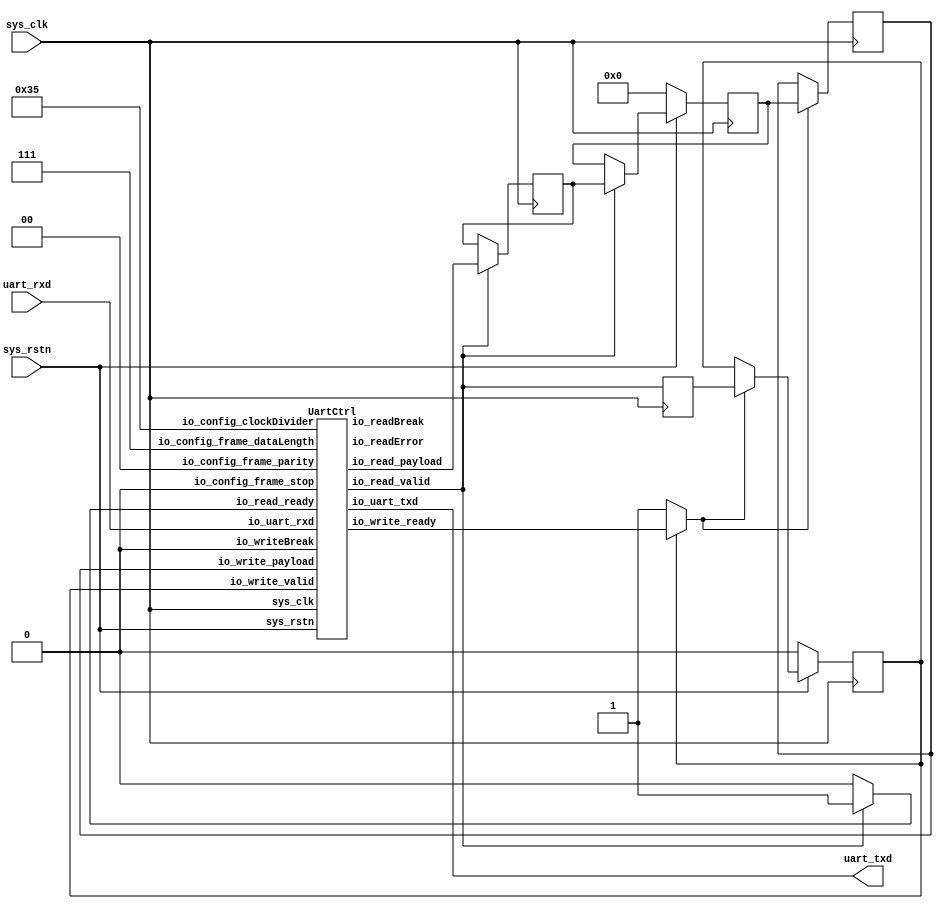
// Generator : SpinalHDL v1.6.0    git head : 73c8d8e2b86b45646e9d0b2e729291f2b65e6be3
// Component : UartLoopback
// Git hash  : 0365b907e5f11b46525ff5a4be72f653da25635f


`define UartParityType_binary_sequential_type [1:0]
`define UartParityType_binary_sequential_NONE 2'b00
`define UartParityType_binary_sequential_EVEN 2'b01
`define UartParityType_binary_sequential_ODD 2'b10

`define UartStopType_binary_sequential_type [0:0]
`define UartStopType_binary_sequential_ONE 1'b0
`define UartStopType_binary_sequential_TWO 1'b1

`define UartCtrlTxState_binary_sequential_type [2:0]
`define UartCtrlTxState_binary_sequential_IDLE 3'b000
`define UartCtrlTxState_binary_sequential_START 3'b001
`define UartCtrlTxState_binary_sequential_DATA 3'b010
`define UartCtrlTxState_binary_sequential_PARITY 3'b011
`define UartCtrlTxState_binary_sequential_STOP 3'b100

`define UartCtrlRxState_binary_sequential_type [2:0]
`define UartCtrlRxState_binary_sequential_IDLE 3'b000
`define UartCtrlRxState_binary_sequential_START 3'b001
`define UartCtrlRxState_binary_sequential_DATA 3'b010
`define UartCtrlRxState_binary_sequential_PARITY 3'b011
`define UartCtrlRxState_binary_sequential_STOP 3'b100


module UartLoopback (
  input               sys_clk,
  input               sys_rstn,
  output              uart_txd,
  input               uart_rxd
);
  reg                 clockingarea_uartCtrl_io_read_ready;
  wire                clockingarea_uartCtrl_io_write_ready;
  wire                clockingarea_uartCtrl_io_read_valid;
  wire       [7:0]    clockingarea_uartCtrl_io_read_payload;
  wire                clockingarea_uartCtrl_io_uart_txd;
  wire                clockingarea_uartCtrl_io_readError;
  wire                clockingarea_uartCtrl_io_readBreak;
  reg        [7:0]    clockingarea_rxData;
  reg        [7:0]    _zz_clockingarea_rxData;
  wire                clockingarea_write_valid;
  reg                 clockingarea_write_ready;
  wire       [7:0]    clockingarea_write_payload;
  reg                 clockingarea_uartCtrl_io_read_valid_regNext;
  wire                clockingarea_write_m2sPipe_valid;
  wire                clockingarea_write_m2sPipe_ready;
  wire       [7:0]    clockingarea_write_m2sPipe_payload;
  reg                 clockingarea_write_rValid;
  reg        [7:0]    clockingarea_write_rData;
  wire                when_Stream_l342;

  UartCtrl clockingarea_uartCtrl (
    .io_config_frame_dataLength    (3'b111                                  ), //i
    .io_config_frame_stop          (`UartStopType_binary_sequential_ONE     ), //i
    .io_config_frame_parity        (`UartParityType_binary_sequential_NONE  ), //i
    .io_config_clockDivider        (20'h00035                               ), //i
    .io_write_valid                (clockingarea_write_m2sPipe_valid        ), //i
    .io_write_ready                (clockingarea_uartCtrl_io_write_ready    ), //o
    .io_write_payload              (clockingarea_write_m2sPipe_payload      ), //i
    .io_read_valid                 (clockingarea_uartCtrl_io_read_valid     ), //o
    .io_read_ready                 (clockingarea_uartCtrl_io_read_ready     ), //i
    .io_read_payload               (clockingarea_uartCtrl_io_read_payload   ), //o
    .io_uart_txd                   (clockingarea_uartCtrl_io_uart_txd       ), //o
    .io_uart_rxd                   (uart_rxd                                ), //i
    .io_readError                  (clockingarea_uartCtrl_io_readError      ), //o
    .io_writeBreak                 (1'b0                                    ), //i
    .io_readBreak                  (clockingarea_uartCtrl_io_readBreak      ), //o
    .sys_clk                       (sys_clk                                 ), //i
    .sys_rstn                      (sys_rstn                                )  //i
  );
  assign uart_txd = clockingarea_uartCtrl_io_uart_txd;
  always @(*) begin
    clockingarea_uartCtrl_io_read_ready = clockingarea_uartCtrl_io_read_valid;
    if(clockingarea_uartCtrl_io_read_valid) begin
      clockingarea_uartCtrl_io_read_ready = 1'b1;
    end
  end

  assign clockingarea_write_valid = clockingarea_uartCtrl_io_read_valid_regNext;
  assign clockingarea_write_payload = clockingarea_rxData;
  always @(*) begin
    clockingarea_write_ready = clockingarea_write_m2sPipe_ready;
    if(when_Stream_l342) begin
      clockingarea_write_ready = 1'b1;
    end
  end

  assign when_Stream_l342 = (! clockingarea_write_m2sPipe_valid);
  assign clockingarea_write_m2sPipe_valid = clockingarea_write_rValid;
  assign clockingarea_write_m2sPipe_payload = clockingarea_write_rData;
  assign clockingarea_write_m2sPipe_ready = clockingarea_uartCtrl_io_write_ready;
  always @(posedge sys_clk) begin
    if(!sys_rstn) begin
      clockingarea_rxData <= 8'h0;
      clockingarea_write_rValid <= 1'b0;
    end else begin
      if(clockingarea_uartCtrl_io_read_valid) begin
        clockingarea_rxData <= _zz_clockingarea_rxData;
      end
      if(clockingarea_write_ready) begin
        clockingarea_write_rValid <= clockingarea_write_valid;
      end
    end
  end

  always @(posedge sys_clk) begin
    if(clockingarea_uartCtrl_io_read_valid) begin
      _zz_clockingarea_rxData <= clockingarea_uartCtrl_io_read_payload;
    end
  end

  always @(posedge sys_clk) begin
    clockingarea_uartCtrl_io_read_valid_regNext <= clockingarea_uartCtrl_io_read_valid;
    if(clockingarea_write_ready) begin
      clockingarea_write_rData <= clockingarea_write_payload;
    end
  end


endmodule

module UartCtrl (
  input      [2:0]    io_config_frame_dataLength,
  input      `UartStopType_binary_sequential_type io_config_frame_stop,
  input      `UartParityType_binary_sequential_type io_config_frame_parity,
  input      [19:0]   io_config_clockDivider,
  input               io_write_valid,
  output reg          io_write_ready,
  input      [7:0]    io_write_payload,
  output              io_read_valid,
  input               io_read_ready,
  output     [7:0]    io_read_payload,
  output              io_uart_txd,
  input               io_uart_rxd,
  output              io_readError,
  input               io_writeBreak,
  output              io_readBreak,
  input               sys_clk,
  input               sys_rstn
);
  wire                tx_io_write_ready;
  wire                tx_io_txd;
  wire                rx_io_read_valid;
  wire       [7:0]    rx_io_read_payload;
  wire                rx_io_rts;
  wire                rx_io_error;
  wire                rx_io_break;
  reg        [19:0]   clockDivider_counter;
  wire                clockDivider_tick;
  reg                 io_write_thrown_valid;
  wire                io_write_thrown_ready;
  wire       [7:0]    io_write_thrown_payload;
  `ifndef SYNTHESIS
  reg [23:0] io_config_frame_stop_string;
  reg [31:0] io_config_frame_parity_string;
  `endif


  UartCtrlTx tx (
    .io_configFrame_dataLength    (io_config_frame_dataLength  ), //i
    .io_configFrame_stop          (io_config_frame_stop        ), //i
    .io_configFrame_parity        (io_config_frame_parity      ), //i
    .io_samplingTick              (clockDivider_tick           ), //i
    .io_write_valid               (io_write_thrown_valid       ), //i
    .io_write_ready               (tx_io_write_ready           ), //o
    .io_write_payload             (io_write_thrown_payload     ), //i
    .io_cts                       (1'b0                        ), //i
    .io_txd                       (tx_io_txd                   ), //o
    .io_break                     (io_writeBreak               ), //i
    .sys_clk                      (sys_clk                     ), //i
    .sys_rstn                     (sys_rstn                    )  //i
  );
  UartCtrlRx rx (
    .io_configFrame_dataLength    (io_config_frame_dataLength  ), //i
    .io_configFrame_stop          (io_config_frame_stop        ), //i
    .io_configFrame_parity        (io_config_frame_parity      ), //i
    .io_samplingTick              (clockDivider_tick           ), //i
    .io_read_valid                (rx_io_read_valid            ), //o
    .io_read_ready                (io_read_ready               ), //i
    .io_read_payload              (rx_io_read_payload          ), //o
    .io_rxd                       (io_uart_rxd                 ), //i
    .io_rts                       (rx_io_rts                   ), //o
    .io_error                     (rx_io_error                 ), //o
    .io_break                     (rx_io_break                 ), //o
    .sys_clk                      (sys_clk                     ), //i
    .sys_rstn                     (sys_rstn                    )  //i
  );
  `ifndef SYNTHESIS
  always @(*) begin
    case(io_config_frame_stop)
      `UartStopType_binary_sequential_ONE : io_config_frame_stop_string = "ONE";
      `UartStopType_binary_sequential_TWO : io_config_frame_stop_string = "TWO";
      default : io_config_frame_stop_string = "???";
    endcase
  end
  always @(*) begin
    case(io_config_frame_parity)
      `UartParityType_binary_sequential_NONE : io_config_frame_parity_string = "NONE";
      `UartParityType_binary_sequential_EVEN : io_config_frame_parity_string = "EVEN";
      `UartParityType_binary_sequential_ODD : io_config_frame_parity_string = "ODD ";
      default : io_config_frame_parity_string = "????";
    endcase
  end
  `endif

  assign clockDivider_tick = (clockDivider_counter == 20'h0);
  always @(*) begin
    io_write_thrown_valid = io_write_valid;
    if(rx_io_break) begin
      io_write_thrown_valid = 1'b0;
    end
  end

  always @(*) begin
    io_write_ready = io_write_thrown_ready;
    if(rx_io_break) begin
      io_write_ready = 1'b1;
    end
  end

  assign io_write_thrown_payload = io_write_payload;
  assign io_write_thrown_ready = tx_io_write_ready;
  assign io_read_valid = rx_io_read_valid;
  assign io_read_payload = rx_io_read_payload;
  assign io_uart_txd = tx_io_txd;
  assign io_readError = rx_io_error;
  assign io_readBreak = rx_io_break;
  always @(posedge sys_clk) begin
    if(!sys_rstn) begin
      clockDivider_counter <= 20'h0;
    end else begin
      clockDivider_counter <= (clockDivider_counter - 20'h00001);
      if(clockDivider_tick) begin
        clockDivider_counter <= io_config_clockDivider;
      end
    end
  end


endmodule

module UartCtrlRx (
  input      [2:0]    io_configFrame_dataLength,
  input      `UartStopType_binary_sequential_type io_configFrame_stop,
  input      `UartParityType_binary_sequential_type io_configFrame_parity,
  input               io_samplingTick,
  output              io_read_valid,
  input               io_read_ready,
  output     [7:0]    io_read_payload,
  input               io_rxd,
  output              io_rts,
  output reg          io_error,
  output              io_break,
  input               sys_clk,
  input               sys_rstn
);
  wire                io_rxd_buffercc_io_dataOut;
  wire                _zz_sampler_value;
  wire                _zz_sampler_value_1;
  wire                _zz_sampler_value_2;
  wire                _zz_sampler_value_3;
  wire                _zz_sampler_value_4;
  wire                _zz_sampler_value_5;
  wire                _zz_sampler_value_6;
  wire       [2:0]    _zz_when_UartCtrlRx_l139;
  wire       [0:0]    _zz_when_UartCtrlRx_l139_1;
  reg                 _zz_io_rts;
  wire                sampler_synchroniser;
  wire                sampler_samples_0;
  reg                 sampler_samples_1;
  reg                 sampler_samples_2;
  reg                 sampler_samples_3;
  reg                 sampler_samples_4;
  reg                 sampler_value;
  reg                 sampler_tick;
  reg        [2:0]    bitTimer_counter;
  reg                 bitTimer_tick;
  wire                when_UartCtrlRx_l43;
  reg        [2:0]    bitCounter_value;
  reg        [6:0]    break_counter;
  wire                break_valid;
  wire                when_UartCtrlRx_l69;
  reg        `UartCtrlRxState_binary_sequential_type stateMachine_state;
  reg                 stateMachine_parity;
  reg        [7:0]    stateMachine_shifter;
  reg                 stateMachine_validReg;
  wire                when_UartCtrlRx_l93;
  wire                when_UartCtrlRx_l103;
  wire                when_UartCtrlRx_l111;
  wire                when_UartCtrlRx_l113;
  wire                when_UartCtrlRx_l125;
  wire                when_UartCtrlRx_l136;
  wire                when_UartCtrlRx_l139;
  `ifndef SYNTHESIS
  reg [23:0] io_configFrame_stop_string;
  reg [31:0] io_configFrame_parity_string;
  reg [47:0] stateMachine_state_string;
  `endif


  assign _zz_when_UartCtrlRx_l139_1 = ((io_configFrame_stop == `UartStopType_binary_sequential_ONE) ? 1'b0 : 1'b1);
  assign _zz_when_UartCtrlRx_l139 = {2'd0, _zz_when_UartCtrlRx_l139_1};
  assign _zz_sampler_value = ((((1'b0 || ((_zz_sampler_value_1 && sampler_samples_1) && sampler_samples_2)) || (((_zz_sampler_value_2 && sampler_samples_0) && sampler_samples_1) && sampler_samples_3)) || (((1'b1 && sampler_samples_0) && sampler_samples_2) && sampler_samples_3)) || (((1'b1 && sampler_samples_1) && sampler_samples_2) && sampler_samples_3));
  assign _zz_sampler_value_3 = (((1'b1 && sampler_samples_0) && sampler_samples_1) && sampler_samples_4);
  assign _zz_sampler_value_4 = ((1'b1 && sampler_samples_0) && sampler_samples_2);
  assign _zz_sampler_value_5 = (1'b1 && sampler_samples_1);
  assign _zz_sampler_value_6 = 1'b1;
  assign _zz_sampler_value_1 = (1'b1 && sampler_samples_0);
  assign _zz_sampler_value_2 = 1'b1;
  BufferCC io_rxd_buffercc (
    .io_dataIn     (io_rxd                      ), //i
    .io_dataOut    (io_rxd_buffercc_io_dataOut  ), //o
    .sys_clk       (sys_clk                     ), //i
    .sys_rstn      (sys_rstn                    )  //i
  );
  `ifndef SYNTHESIS
  always @(*) begin
    case(io_configFrame_stop)
      `UartStopType_binary_sequential_ONE : io_configFrame_stop_string = "ONE";
      `UartStopType_binary_sequential_TWO : io_configFrame_stop_string = "TWO";
      default : io_configFrame_stop_string = "???";
    endcase
  end
  always @(*) begin
    case(io_configFrame_parity)
      `UartParityType_binary_sequential_NONE : io_configFrame_parity_string = "NONE";
      `UartParityType_binary_sequential_EVEN : io_configFrame_parity_string = "EVEN";
      `UartParityType_binary_sequential_ODD : io_configFrame_parity_string = "ODD ";
      default : io_configFrame_parity_string = "????";
    endcase
  end
  always @(*) begin
    case(stateMachine_state)
      `UartCtrlRxState_binary_sequential_IDLE : stateMachine_state_string = "IDLE  ";
      `UartCtrlRxState_binary_sequential_START : stateMachine_state_string = "START ";
      `UartCtrlRxState_binary_sequential_DATA : stateMachine_state_string = "DATA  ";
      `UartCtrlRxState_binary_sequential_PARITY : stateMachine_state_string = "PARITY";
      `UartCtrlRxState_binary_sequential_STOP : stateMachine_state_string = "STOP  ";
      default : stateMachine_state_string = "??????";
    endcase
  end
  `endif

  always @(*) begin
    io_error = 1'b0;
    case(stateMachine_state)
      `UartCtrlRxState_binary_sequential_IDLE : begin
      end
      `UartCtrlRxState_binary_sequential_START : begin
      end
      `UartCtrlRxState_binary_sequential_DATA : begin
      end
      `UartCtrlRxState_binary_sequential_PARITY : begin
        if(bitTimer_tick) begin
          if(!when_UartCtrlRx_l125) begin
            io_error = 1'b1;
          end
        end
      end
      default : begin
        if(bitTimer_tick) begin
          if(when_UartCtrlRx_l136) begin
            io_error = 1'b1;
          end
        end
      end
    endcase
  end

  assign io_rts = _zz_io_rts;
  assign sampler_synchroniser = io_rxd_buffercc_io_dataOut;
  assign sampler_samples_0 = sampler_synchroniser;
  always @(*) begin
    bitTimer_tick = 1'b0;
    if(sampler_tick) begin
      if(when_UartCtrlRx_l43) begin
        bitTimer_tick = 1'b1;
      end
    end
  end

  assign when_UartCtrlRx_l43 = (bitTimer_counter == 3'b000);
  assign break_valid = (break_counter == 7'h68);
  assign when_UartCtrlRx_l69 = (io_samplingTick && (! break_valid));
  assign io_break = break_valid;
  assign io_read_valid = stateMachine_validReg;
  assign when_UartCtrlRx_l93 = ((sampler_tick && (! sampler_value)) && (! break_valid));
  assign when_UartCtrlRx_l103 = (sampler_value == 1'b1);
  assign when_UartCtrlRx_l111 = (bitCounter_value == io_configFrame_dataLength);
  assign when_UartCtrlRx_l113 = (io_configFrame_parity == `UartParityType_binary_sequential_NONE);
  assign when_UartCtrlRx_l125 = (stateMachine_parity == sampler_value);
  assign when_UartCtrlRx_l136 = (! sampler_value);
  assign when_UartCtrlRx_l139 = (bitCounter_value == _zz_when_UartCtrlRx_l139);
  assign io_read_payload = stateMachine_shifter;
  always @(posedge sys_clk) begin
    if(!sys_rstn) begin
      _zz_io_rts <= 1'b0;
      sampler_samples_1 <= 1'b1;
      sampler_samples_2 <= 1'b1;
      sampler_samples_3 <= 1'b1;
      sampler_samples_4 <= 1'b1;
      sampler_value <= 1'b1;
      sampler_tick <= 1'b0;
      break_counter <= 7'h0;
      stateMachine_state <= `UartCtrlRxState_binary_sequential_IDLE;
      stateMachine_validReg <= 1'b0;
    end else begin
      _zz_io_rts <= (! io_read_ready);
      if(io_samplingTick) begin
        sampler_samples_1 <= sampler_samples_0;
      end
      if(io_samplingTick) begin
        sampler_samples_2 <= sampler_samples_1;
      end
      if(io_samplingTick) begin
        sampler_samples_3 <= sampler_samples_2;
      end
      if(io_samplingTick) begin
        sampler_samples_4 <= sampler_samples_3;
      end
      sampler_value <= ((((((_zz_sampler_value || _zz_sampler_value_3) || (_zz_sampler_value_4 && sampler_samples_4)) || ((_zz_sampler_value_5 && sampler_samples_2) && sampler_samples_4)) || (((_zz_sampler_value_6 && sampler_samples_0) && sampler_samples_3) && sampler_samples_4)) || (((1'b1 && sampler_samples_1) && sampler_samples_3) && sampler_samples_4)) || (((1'b1 && sampler_samples_2) && sampler_samples_3) && sampler_samples_4));
      sampler_tick <= io_samplingTick;
      if(sampler_value) begin
        break_counter <= 7'h0;
      end else begin
        if(when_UartCtrlRx_l69) begin
          break_counter <= (break_counter + 7'h01);
        end
      end
      stateMachine_validReg <= 1'b0;
      case(stateMachine_state)
        `UartCtrlRxState_binary_sequential_IDLE : begin
          if(when_UartCtrlRx_l93) begin
            stateMachine_state <= `UartCtrlRxState_binary_sequential_START;
          end
        end
        `UartCtrlRxState_binary_sequential_START : begin
          if(bitTimer_tick) begin
            stateMachine_state <= `UartCtrlRxState_binary_sequential_DATA;
            if(when_UartCtrlRx_l103) begin
              stateMachine_state <= `UartCtrlRxState_binary_sequential_IDLE;
            end
          end
        end
        `UartCtrlRxState_binary_sequential_DATA : begin
          if(bitTimer_tick) begin
            if(when_UartCtrlRx_l111) begin
              if(when_UartCtrlRx_l113) begin
                stateMachine_state <= `UartCtrlRxState_binary_sequential_STOP;
                stateMachine_validReg <= 1'b1;
              end else begin
                stateMachine_state <= `UartCtrlRxState_binary_sequential_PARITY;
              end
            end
          end
        end
        `UartCtrlRxState_binary_sequential_PARITY : begin
          if(bitTimer_tick) begin
            if(when_UartCtrlRx_l125) begin
              stateMachine_state <= `UartCtrlRxState_binary_sequential_STOP;
              stateMachine_validReg <= 1'b1;
            end else begin
              stateMachine_state <= `UartCtrlRxState_binary_sequential_IDLE;
            end
          end
        end
        default : begin
          if(bitTimer_tick) begin
            if(when_UartCtrlRx_l136) begin
              stateMachine_state <= `UartCtrlRxState_binary_sequential_IDLE;
            end else begin
              if(when_UartCtrlRx_l139) begin
                stateMachine_state <= `UartCtrlRxState_binary_sequential_IDLE;
              end
            end
          end
        end
      endcase
    end
  end

  always @(posedge sys_clk) begin
    if(sampler_tick) begin
      bitTimer_counter <= (bitTimer_counter - 3'b001);
    end
    if(bitTimer_tick) begin
      bitCounter_value <= (bitCounter_value + 3'b001);
    end
    if(bitTimer_tick) begin
      stateMachine_parity <= (stateMachine_parity ^ sampler_value);
    end
    case(stateMachine_state)
      `UartCtrlRxState_binary_sequential_IDLE : begin
        if(when_UartCtrlRx_l93) begin
          bitTimer_counter <= 3'b010;
        end
      end
      `UartCtrlRxState_binary_sequential_START : begin
        if(bitTimer_tick) begin
          bitCounter_value <= 3'b000;
          stateMachine_parity <= (io_configFrame_parity == `UartParityType_binary_sequential_ODD);
        end
      end
      `UartCtrlRxState_binary_sequential_DATA : begin
        if(bitTimer_tick) begin
          stateMachine_shifter[bitCounter_value] <= sampler_value;
          if(when_UartCtrlRx_l111) begin
            bitCounter_value <= 3'b000;
          end
        end
      end
      `UartCtrlRxState_binary_sequential_PARITY : begin
        if(bitTimer_tick) begin
          bitCounter_value <= 3'b000;
        end
      end
      default : begin
      end
    endcase
  end


endmodule

module UartCtrlTx (
  input      [2:0]    io_configFrame_dataLength,
  input      `UartStopType_binary_sequential_type io_configFrame_stop,
  input      `UartParityType_binary_sequential_type io_configFrame_parity,
  input               io_samplingTick,
  input               io_write_valid,
  output reg          io_write_ready,
  input      [7:0]    io_write_payload,
  input               io_cts,
  output              io_txd,
  input               io_break,
  input               sys_clk,
  input               sys_rstn
);
  wire       [2:0]    _zz_clockDivider_counter_valueNext;
  wire       [0:0]    _zz_clockDivider_counter_valueNext_1;
  wire       [2:0]    _zz_when_UartCtrlTx_l93;
  wire       [0:0]    _zz_when_UartCtrlTx_l93_1;
  reg                 clockDivider_counter_willIncrement;
  wire                clockDivider_counter_willClear;
  reg        [2:0]    clockDivider_counter_valueNext;
  reg        [2:0]    clockDivider_counter_value;
  wire                clockDivider_counter_willOverflowIfInc;
  wire                clockDivider_counter_willOverflow;
  reg        [2:0]    tickCounter_value;
  reg        `UartCtrlTxState_binary_sequential_type stateMachine_state;
  reg                 stateMachine_parity;
  reg                 stateMachine_txd;
  wire                when_UartCtrlTx_l58;
  wire                when_UartCtrlTx_l73;
  wire                when_UartCtrlTx_l76;
  wire                when_UartCtrlTx_l93;
  reg                 _zz_io_txd;
  `ifndef SYNTHESIS
  reg [23:0] io_configFrame_stop_string;
  reg [31:0] io_configFrame_parity_string;
  reg [47:0] stateMachine_state_string;
  `endif


  assign _zz_clockDivider_counter_valueNext_1 = clockDivider_counter_willIncrement;
  assign _zz_clockDivider_counter_valueNext = {2'd0, _zz_clockDivider_counter_valueNext_1};
  assign _zz_when_UartCtrlTx_l93_1 = ((io_configFrame_stop == `UartStopType_binary_sequential_ONE) ? 1'b0 : 1'b1);
  assign _zz_when_UartCtrlTx_l93 = {2'd0, _zz_when_UartCtrlTx_l93_1};
  `ifndef SYNTHESIS
  always @(*) begin
    case(io_configFrame_stop)
      `UartStopType_binary_sequential_ONE : io_configFrame_stop_string = "ONE";
      `UartStopType_binary_sequential_TWO : io_configFrame_stop_string = "TWO";
      default : io_configFrame_stop_string = "???";
    endcase
  end
  always @(*) begin
    case(io_configFrame_parity)
      `UartParityType_binary_sequential_NONE : io_configFrame_parity_string = "NONE";
      `UartParityType_binary_sequential_EVEN : io_configFrame_parity_string = "EVEN";
      `UartParityType_binary_sequential_ODD : io_configFrame_parity_string = "ODD ";
      default : io_configFrame_parity_string = "????";
    endcase
  end
  always @(*) begin
    case(stateMachine_state)
      `UartCtrlTxState_binary_sequential_IDLE : stateMachine_state_string = "IDLE  ";
      `UartCtrlTxState_binary_sequential_START : stateMachine_state_string = "START ";
      `UartCtrlTxState_binary_sequential_DATA : stateMachine_state_string = "DATA  ";
      `UartCtrlTxState_binary_sequential_PARITY : stateMachine_state_string = "PARITY";
      `UartCtrlTxState_binary_sequential_STOP : stateMachine_state_string = "STOP  ";
      default : stateMachine_state_string = "??????";
    endcase
  end
  `endif

  always @(*) begin
    clockDivider_counter_willIncrement = 1'b0;
    if(io_samplingTick) begin
      clockDivider_counter_willIncrement = 1'b1;
    end
  end

  assign clockDivider_counter_willClear = 1'b0;
  assign clockDivider_counter_willOverflowIfInc = (clockDivider_counter_value == 3'b111);
  assign clockDivider_counter_willOverflow = (clockDivider_counter_willOverflowIfInc && clockDivider_counter_willIncrement);
  always @(*) begin
    clockDivider_counter_valueNext = (clockDivider_counter_value + _zz_clockDivider_counter_valueNext);
    if(clockDivider_counter_willClear) begin
      clockDivider_counter_valueNext = 3'b000;
    end
  end

  always @(*) begin
    stateMachine_txd = 1'b1;
    case(stateMachine_state)
      `UartCtrlTxState_binary_sequential_IDLE : begin
      end
      `UartCtrlTxState_binary_sequential_START : begin
        stateMachine_txd = 1'b0;
      end
      `UartCtrlTxState_binary_sequential_DATA : begin
        stateMachine_txd = io_write_payload[tickCounter_value];
      end
      `UartCtrlTxState_binary_sequential_PARITY : begin
        stateMachine_txd = stateMachine_parity;
      end
      default : begin
      end
    endcase
  end

  always @(*) begin
    io_write_ready = io_break;
    case(stateMachine_state)
      `UartCtrlTxState_binary_sequential_IDLE : begin
      end
      `UartCtrlTxState_binary_sequential_START : begin
      end
      `UartCtrlTxState_binary_sequential_DATA : begin
        if(clockDivider_counter_willOverflow) begin
          if(when_UartCtrlTx_l73) begin
            io_write_ready = 1'b1;
          end
        end
      end
      `UartCtrlTxState_binary_sequential_PARITY : begin
      end
      default : begin
      end
    endcase
  end

  assign when_UartCtrlTx_l58 = ((io_write_valid && (! io_cts)) && clockDivider_counter_willOverflow);
  assign when_UartCtrlTx_l73 = (tickCounter_value == io_configFrame_dataLength);
  assign when_UartCtrlTx_l76 = (io_configFrame_parity == `UartParityType_binary_sequential_NONE);
  assign when_UartCtrlTx_l93 = (tickCounter_value == _zz_when_UartCtrlTx_l93);
  assign io_txd = _zz_io_txd;
  always @(posedge sys_clk) begin
    if(!sys_rstn) begin
      clockDivider_counter_value <= 3'b000;
      stateMachine_state <= `UartCtrlTxState_binary_sequential_IDLE;
      _zz_io_txd <= 1'b1;
    end else begin
      clockDivider_counter_value <= clockDivider_counter_valueNext;
      case(stateMachine_state)
        `UartCtrlTxState_binary_sequential_IDLE : begin
          if(when_UartCtrlTx_l58) begin
            stateMachine_state <= `UartCtrlTxState_binary_sequential_START;
          end
        end
        `UartCtrlTxState_binary_sequential_START : begin
          if(clockDivider_counter_willOverflow) begin
            stateMachine_state <= `UartCtrlTxState_binary_sequential_DATA;
          end
        end
        `UartCtrlTxState_binary_sequential_DATA : begin
          if(clockDivider_counter_willOverflow) begin
            if(when_UartCtrlTx_l73) begin
              if(when_UartCtrlTx_l76) begin
                stateMachine_state <= `UartCtrlTxState_binary_sequential_STOP;
              end else begin
                stateMachine_state <= `UartCtrlTxState_binary_sequential_PARITY;
              end
            end
          end
        end
        `UartCtrlTxState_binary_sequential_PARITY : begin
          if(clockDivider_counter_willOverflow) begin
            stateMachine_state <= `UartCtrlTxState_binary_sequential_STOP;
          end
        end
        default : begin
          if(clockDivider_counter_willOverflow) begin
            if(when_UartCtrlTx_l93) begin
              stateMachine_state <= (io_write_valid ? `UartCtrlTxState_binary_sequential_START : `UartCtrlTxState_binary_sequential_IDLE);
            end
          end
        end
      endcase
      _zz_io_txd <= (stateMachine_txd && (! io_break));
    end
  end

  always @(posedge sys_clk) begin
    if(clockDivider_counter_willOverflow) begin
      tickCounter_value <= (tickCounter_value + 3'b001);
    end
    if(clockDivider_counter_willOverflow) begin
      stateMachine_parity <= (stateMachine_parity ^ stateMachine_txd);
    end
    case(stateMachine_state)
      `UartCtrlTxState_binary_sequential_IDLE : begin
      end
      `UartCtrlTxState_binary_sequential_START : begin
        if(clockDivider_counter_willOverflow) begin
          stateMachine_parity <= (io_configFrame_parity == `UartParityType_binary_sequential_ODD);
          tickCounter_value <= 3'b000;
        end
      end
      `UartCtrlTxState_binary_sequential_DATA : begin
        if(clockDivider_counter_willOverflow) begin
          if(when_UartCtrlTx_l73) begin
            tickCounter_value <= 3'b000;
          end
        end
      end
      `UartCtrlTxState_binary_sequential_PARITY : begin
        if(clockDivider_counter_willOverflow) begin
          tickCounter_value <= 3'b000;
        end
      end
      default : begin
      end
    endcase
  end


endmodule

module BufferCC (
  input               io_dataIn,
  output              io_dataOut,
  input               sys_clk,
  input               sys_rstn
);
  (* async_reg = "true" *) reg                 buffers_0;
  (* async_reg = "true" *) reg                 buffers_1;

  assign io_dataOut = buffers_1;
  always @(posedge sys_clk) begin
    if(!sys_rstn) begin
      buffers_0 <= 1'b0;
      buffers_1 <= 1'b0;
    end else begin
      buffers_0 <= io_dataIn;
      buffers_1 <= buffers_0;
    end
  end


endmodule